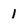
Character: 1